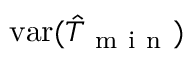
\mathrm { v a r } ( \hat { T } _ { \mathrm { ~ m ~ i ~ n ~ } } )